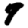
Digit: 7